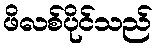
ဖိလစ်ပိုင်သည်